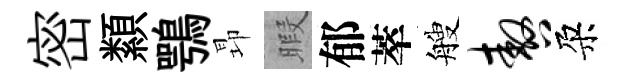
密纇鶚昻暇郁萃艘嗷朶